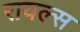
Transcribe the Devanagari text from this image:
रायल्स